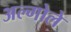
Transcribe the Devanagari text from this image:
अल्गोले